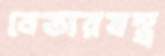
বেতারযন্ত্র